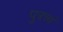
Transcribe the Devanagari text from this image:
पुत्रत्त्वं